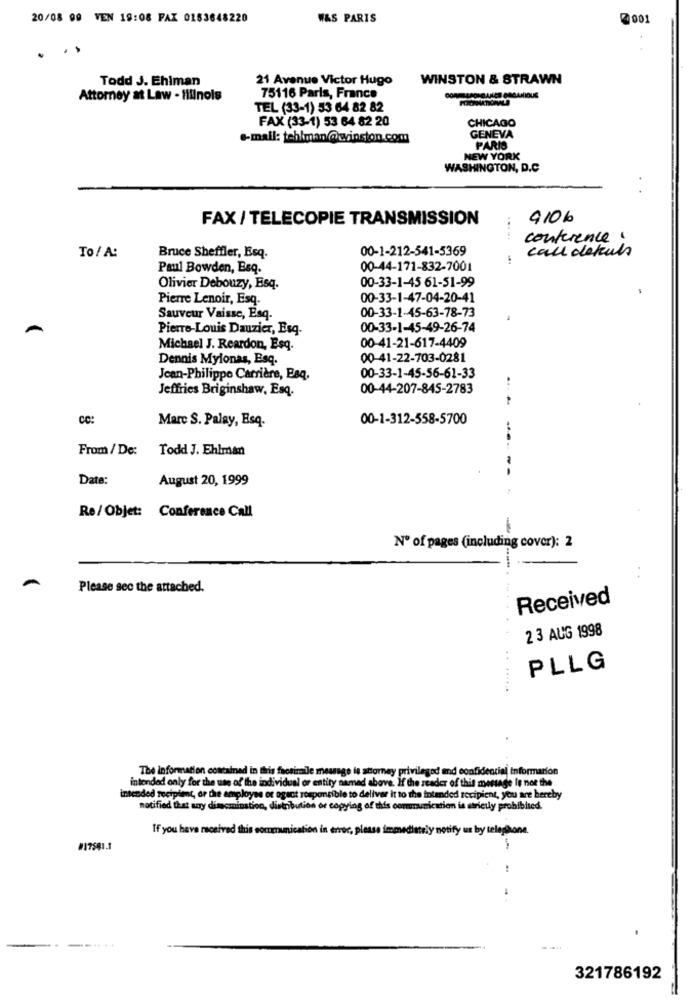
20/08 00 VEN 19:08 FAX 0153648220
WAS PARIS
7 001
.
Todd J. Ehlman
21 Avenue Victor Hugo
WINSTON & STRAWN
Attorney at Law - Hillnols
75116 Paris, France
TEL (33-1) 53 64 82 82
FAX (33-1) 53 64 82 20
CHICAGO
e-mail: tehlman @winston.com
GENEVA
PARIS
NEW YORK
WASHINGTON, D.C
FAX / TELECOPIE TRANSMISSION
9106
conference.
To/ A:
Bruce Sheffler, Esq.
00-1-212-541-5369
call detuls
Paul Bowden, Esq.
00-44-171-832-7001
00-33-1-45 61-51-99
Olivier Debouzy, Esq.
Pierre Lenoir, Esq.
00-33-1-47-04-20-41
00-33-1-45-63-78-73
Sauveur Vaisse, Esq.
Pierre-Louis Dauzier, Esq-
00-33-1-45-49-26-74
00-41-21-617-4409
Michael J. Reardon, Esq.
Dennis Mylonas, Esq.
00-41-22-703-0281
Jean-Philippe Carrière, Esq.
00-33-1-45-56-61-33
Jeffries Briginshaw, Esq.
00-44-207-845-2783
....
CC:
Marc S. Palay, Esq.
00-1-312-558-5700
From/ De: Todd J. Ehlman
Date:
August 20, 1999
--- --
Re/ Objet: Conference Call
-
Nº of pages (including cover): 2
Please see the attached.
Received
2 3 AUG 1998
PLLG
The information contained in this fresimile message is attorney privilegod and confidential information
intended only for the use of the individual or entity named above. If the reader of this message Is not the
intended recipient, or the employee or agent responsible to deliver it to the intended recipient, you are hereby
notified that any discmination, distribution or copying of this communication is strictly prohibited.
If you have received this communication in error, please immediately notify us by telephone.
#17501.1
321786192